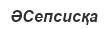
ӘСепсисқа